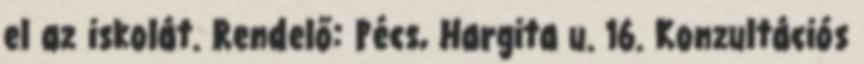
el az iskolát. Rendelő: Pécs, Hargita u. 16. Konzultációs